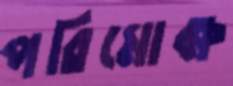
পরিমোক্ষ